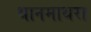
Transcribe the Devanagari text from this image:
थानमाथरा